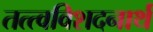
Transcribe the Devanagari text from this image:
तत्त्वविशदनार्थ